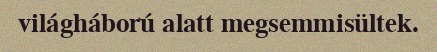
világháború alatt megsemmisültek.